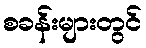
စခန်းများတွင်